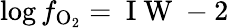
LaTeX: \log f_{\mathrm{O_{2}}}=\mathrm{~I~W~}-2